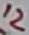
Text: 12